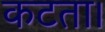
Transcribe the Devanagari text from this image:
कटता।